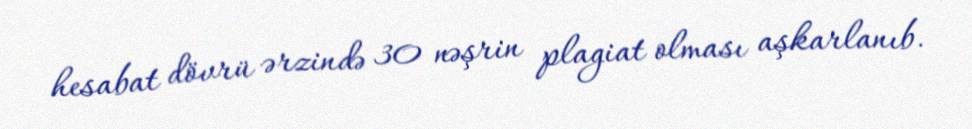
hesabat dövrü ərzində 30 nəşrin plagiat olması aşkarlanıb.